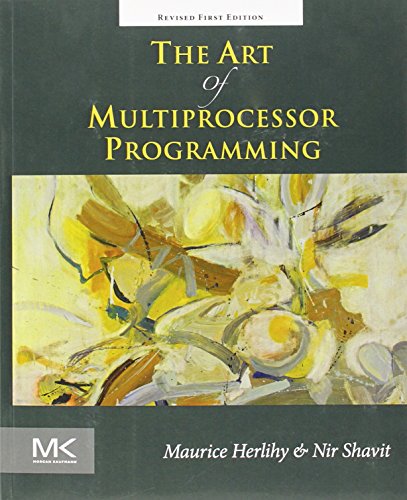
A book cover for The Art of Multiprocessor Programming, Revised Reprint; Maurice Herlihy; Computers & Technology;